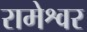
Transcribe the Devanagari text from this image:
रामेश्वर